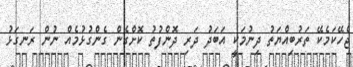
ޖެހޭކަމެކޭ ތަރުބިއްޔަތު ދިނުމަކީ އަބަދު ދަރި ދޮންފުތު ކޮށްގެން ގެންގުޅުމެއް ނުން ރަނގަޅު